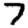
Digit: 7